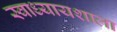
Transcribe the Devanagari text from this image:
स्वाध्यायशाला